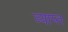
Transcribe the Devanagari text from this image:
व्याप्‍त